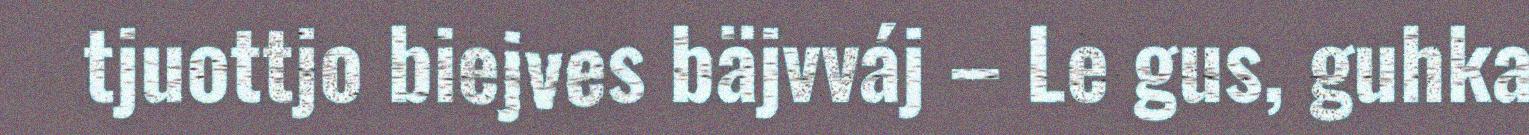
tjuottjo biejves bäjvváj – Le gus, guhka